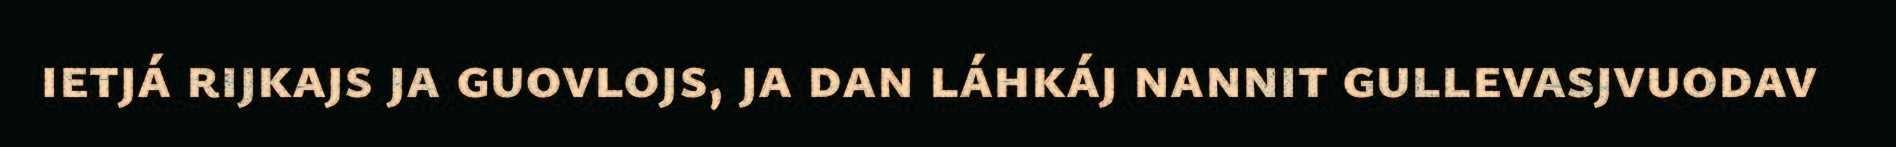
ietjá rijkajs ja guovlojs, ja dan láhkáj nannit gullevasjvuodav